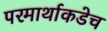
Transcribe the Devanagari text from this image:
परमार्थाकडेच